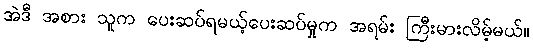
အဲဒီ အစား သူက ပေးဆပ်ရမယ့်ပေးဆပ်မှုက အရမ်း ကြီးမားလိမ့်မယ်။